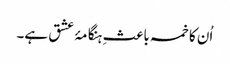
اُن کا خمسہ باعثِ ہنگامۂ عشق ہے۔